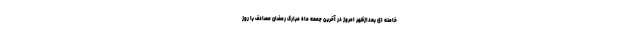
خامنه ای بعدازظهر امروز در آخرین جمعه ماه مبارک رمضان مصادف با روز